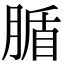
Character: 腯